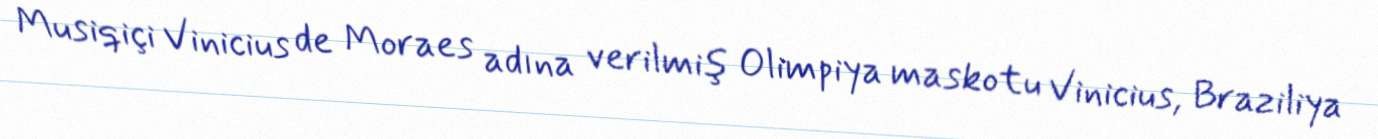
Musiqiçi Vinicius de Moraes adına verilmiş Olimpiya maskotu Vinicius, Braziliya